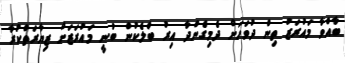
ބާއްވާ މައުރަޒު ތިން ދުވަހަށް ދެމިގެންދާ އިރު ބްލެކުން ބުނީ މައުރަޒަށް ޒިޔާރަތްކުރާ